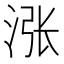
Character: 涨